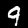
Label: 9